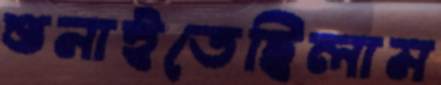
শুনাইতেছিলাম